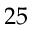
2 5